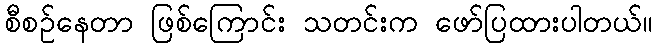
စီစဉ်နေတာ ဖြစ်ကြောင်း သတင်းက ဖော်ပြထားပါတယ်။